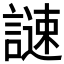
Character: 𧫻